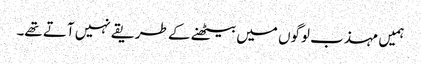
ہمیں مہذب لوگوں میں بیٹھنے کے طریقے نہیں آتے تھے۔